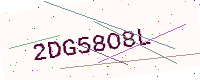
Text: 2DG58O8L